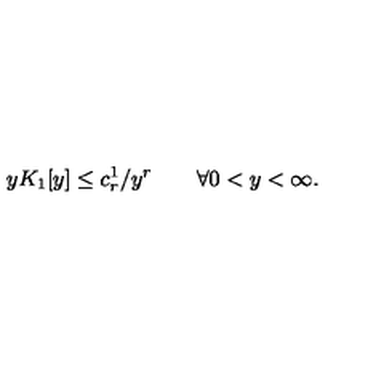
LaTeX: y K _ { 1 } [ y ] \leq c _ { r } ^ { 1 } / y ^ { r } \qquad \forall 0 < y < \infty .